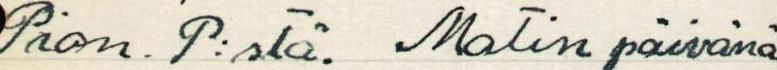
Pian. P:stä. Matin päivänä